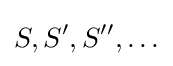
S,S',S'',\ldots